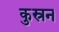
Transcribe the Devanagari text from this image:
कुस्रन